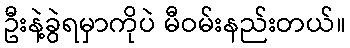
ဦးနဲ့ခွဲရမှာကိုပဲ မီဝမ်းနည်းတယ်။